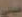
عيني